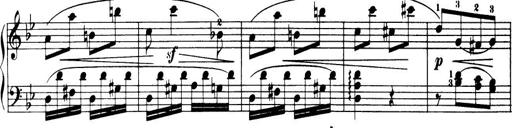
Title: 32 Sonatinas and Rondos for the Piano
Composer: Richard Kleinmichel